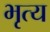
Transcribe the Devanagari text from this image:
भृत्‍य